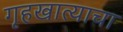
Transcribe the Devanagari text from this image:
गृहखात्याचा